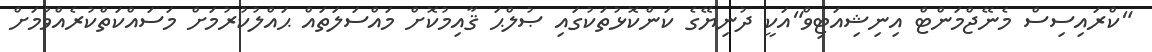
"ކްރައިސިސް މެނޭޖްމަންޓް އިނިޝިއަޓިވް"އަކީ ދުނިޔޭގެ ކަންކޮޅުތަކުގައި ޞުލްޙަ ޤާއިމުކޮށް މައްސަލަތައް ޙައްލުކުރުމަށް މަސައްކަތްކުރެއްވުމަށް